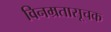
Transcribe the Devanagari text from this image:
विनम्रतासूचक